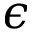
\epsilon